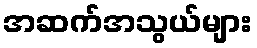
အဆက်အသွယ်များ